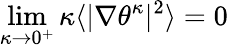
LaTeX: \operatorname*{lim}_{\kappa\to 0^{+}}\kappa\langle|\nabla\theta^{\kappa}|^{2}\rangle=0